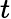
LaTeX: \displaystyle t